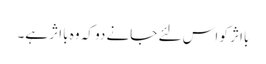
بااثر کو اس لئے جانے دو کہ وہ بااثر ہے۔